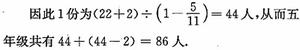
因此 1 份为\((22 + 2)\div(1 - \frac{1}{11}) = 44\)人，从而五年级共有\(44+(44 - 2)=86\)人。